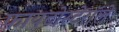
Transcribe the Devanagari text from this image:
फायटोस्टेरॉले